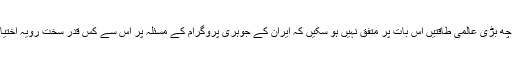
تاہم دنیا کی چھ بڑی عالمی طاقتیں اس بات پر متفق نہیں ہو سکیں کہ ایران کے جوہری پروگرام کے مسئلہ پر اس سے کس قدر سخت رویہ اختیار کیا جائے۔